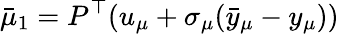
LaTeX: \bar{\mu}_{1}=P^{\top}(u_{\mu}+\sigma_{\mu}(\bar{y}_{\mu}-y_{\mu}))